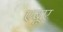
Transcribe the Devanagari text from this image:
एबूए